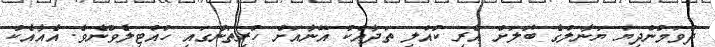
ދުވަމުންދިޔަ ޔަނާލްގެ ބޮލަށް އެރި ކުއްލި ތަދާއެކު އޭނާއަށް ހުރިތަނުގައި ހުއްޓިލެވުނެވެ. އެއާއެކު